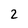
Character: 2